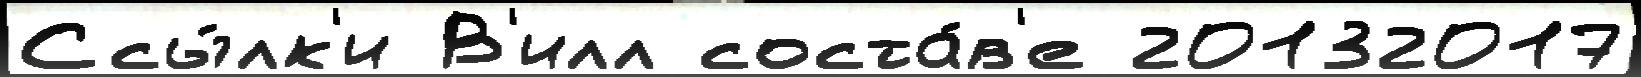
Ссы́лк'и В'илл соста́в'е 20132017